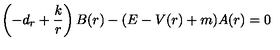
\left( - d _ { r } + \frac k r \right) B ( r ) - ( E - V ( r ) + m ) A ( r ) = 0